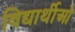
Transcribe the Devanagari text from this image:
विद्यार्थीओ